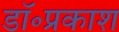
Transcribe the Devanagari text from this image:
डॉ॰प्रकाश